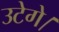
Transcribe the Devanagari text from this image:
उटेगे।